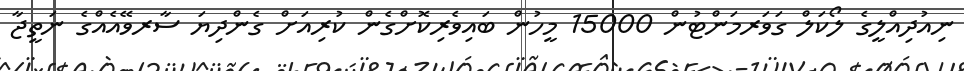
ނިއުދިއްލީގެ ލޯކަލް ގަވަރމަންޓުން 15000 މީހުން ބައިވެރިކޮށްގެން ކުރިއަށް ގެންދިޔަ ސާރވޭއެއްގެ ނަތީޖާ